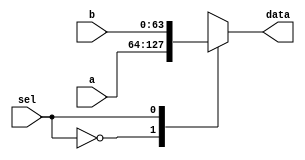
module Mux
(
	input [63:0] a,
	input [63:0] b,
	input sel,
	output reg [63:0] data
);
	always @ (sel or a or b)
		begin
			case({sel})
				1'b0: data <= a;
				1'b1: data <= b;
			endcase
		end

endmodule